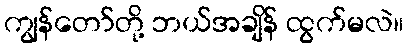
ကျွန်တော်တို့ ဘယ်အချိန် ထွက်မလဲ။